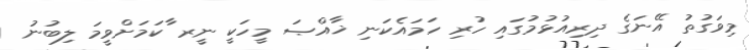
މިވަގުތު އޭނަގެ ދިރިއުޅުމުގައި ހުރި ހަމައެކަނި ޚާއްޞަ މީހަކީ ނީރ ާކަމަށްވީމަ ލިބުނު